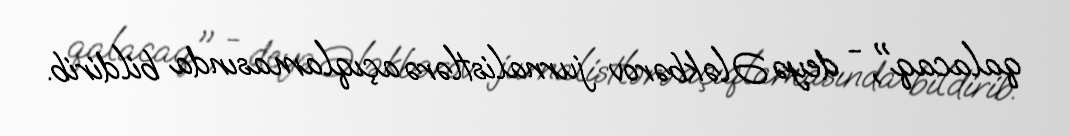
qalacaq", - deyə Ələkbərov jurnalistlərə açıqlamasında bildirib.